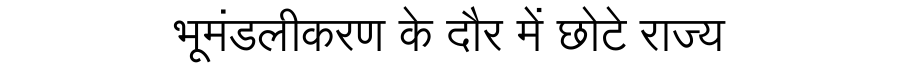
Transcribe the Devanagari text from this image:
भूमंडलीकरण के दौर में छोटे राज्य